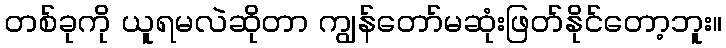
တစ်ခုကို ယူရမလဲဆိုတာ ကျွန်တော်မဆုံးဖြတ်နိုင်တော့ဘူး။